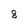
Character: 8